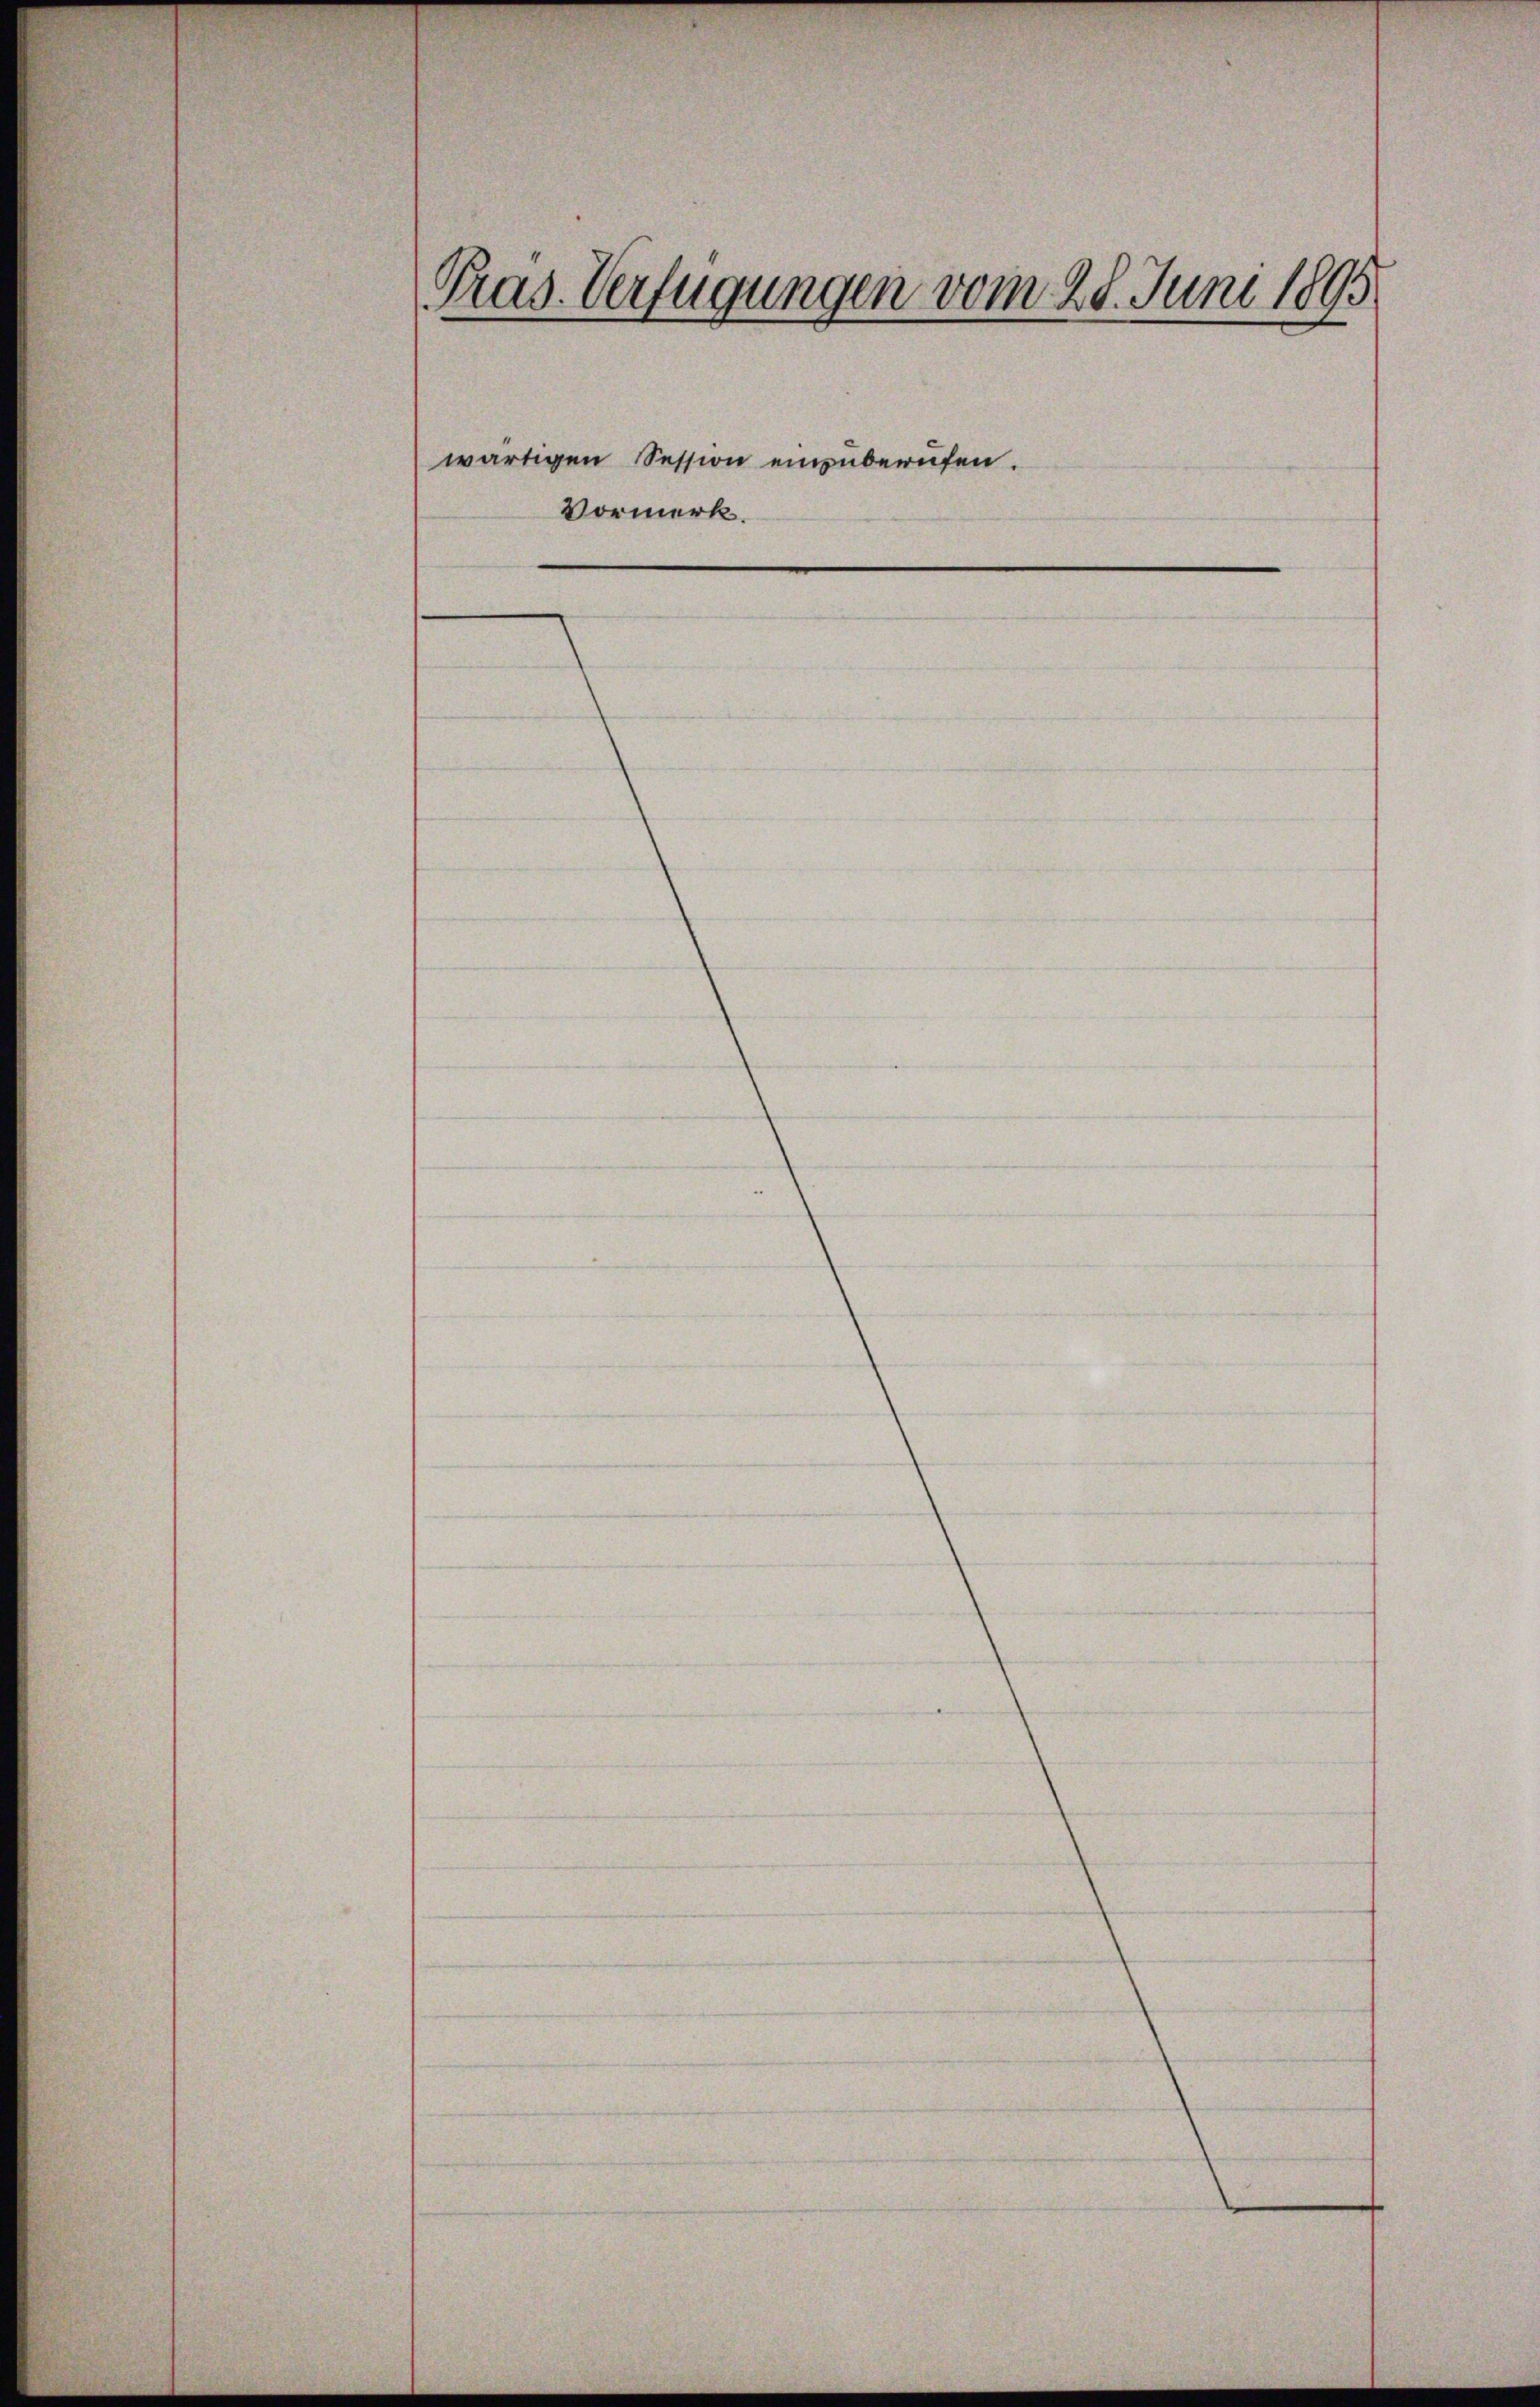
Präs. Verfügungen vom 28. Juni 1895
Vormerk.

wärtigen Session einzuberufen.